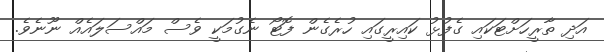
އަދި ތާރީހަށްޓަކައި ގެފުޅު ކައިރީގައި ހުރެގެން ފޮޓޯ ނެގުމަކީ ވެސް މައްސަލައެއް ނޫނެވެ.